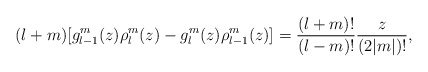
\begin{align*}(l+m)[g_{l-1}^m(z)\rho_l^m(z)-g_l^m(z)\rho_{l-1}^m(z)]=\frac{(l+m)!}{(l-m)!}\frac{z}{(2|m|)!},\end{align*}